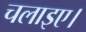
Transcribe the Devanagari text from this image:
चलाइए।